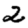
Digit: 2